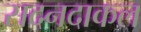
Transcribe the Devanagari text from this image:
सदनदाकल